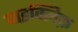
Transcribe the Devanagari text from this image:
वाइक्लिफ़